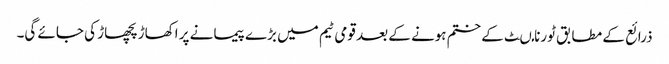
ذرائع کے مطابق ٹورنامںٹ کے ختم ہونے کے بعد قومی ٹیم میں بڑے پیمانے پر اکھاڑ پچھاڑ کی جائے گی۔